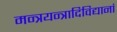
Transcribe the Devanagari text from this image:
मन्त्रयन्त्रादिविद्यानां